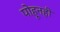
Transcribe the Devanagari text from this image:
पोहूनही